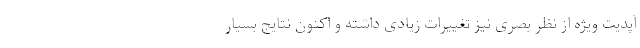
آپدیت ویژه از نظر بصری نیز تغییرات زیادی داشته و اکنون نتایج بسیار